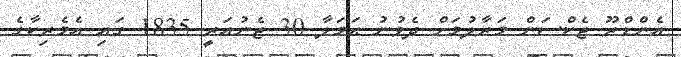
އެންޑްރޫ ޖެކްސަން މަރާލުމަށް ދެވުނު ޙަމަލާ 30 ޖެނުއަރީ 1835 ގައި އެމެރިކާގެ